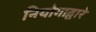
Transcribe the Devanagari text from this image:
नियोगाद्वारे